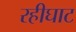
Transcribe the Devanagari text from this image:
रहीघाट